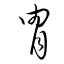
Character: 胄